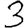
Digit: 3